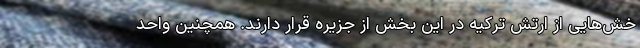
خش‌هایی از ارتش ترکیه در این بخش از جزیره قرار دارند. همچنین واحد